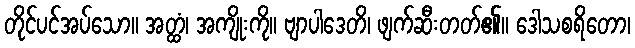
တိုင်ပင်အပ်သော။ အတ္ထံ၊ အကျိုးကို။ ဗျာပါဒေတိ၊ ဖျက်ဆီးတတ်၏။ ဒေါသစရိတော၊